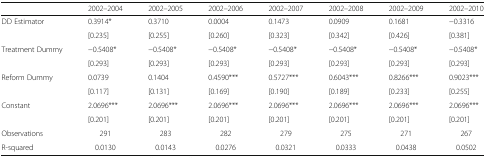
|  | 2002–2004 | 2002–2005 | 2002–2006 | 2002–2007 | 2002–2008 | 2002–2009 | 2002–2010 |
 | --- | --- | --- | --- | --- | --- | --- | --- |
 | <ROWSPAN=2> DD Estimator | 0.3914* | 0.3710 | 0.0004 | 0.1473 | 0.0909 | 0.1681 | −0.3316 |
 | [0.235] | [0.255] | [0.260] | [0.323] | [0.342] | [0.426] | [0.381] |
 | <ROWSPAN=2> Treatment Dummy | −0.5408* | −0.5408* | −0.5408* | −0.5408* | −0.5408* | −0.5408* | −0.5408* |
 | [0.293] | [0.293] | [0.293] | [0.293] | [0.293] | [0.293] | [0.293] |
 | <ROWSPAN=2> Reform Dummy | 0.0739 | 0.1404 | 0.4590*** | 0.5727*** | 0.6043*** | 0.8266*** | 0.9023*** |
 | [0.117] | [0.131] | [0.169] | [0.190] | [0.189] | [0.233] | [0.255] |
 | <ROWSPAN=2> Constant | 2.0696*** | 2.0696*** | 2.0696*** | 2.0696*** | 2.0696*** | 2.0696*** | 2.0696*** |
 | [0.201] | [0.201] | [0.201] | [0.201] | [0.201] | [0.201] | [0.201] |
 | Observations | 291 | 283 | 282 | 279 | 275 | 271 | 267 |
 | R-squared | 0.0130 | 0.0143 | 0.0276 | 0.0321 | 0.0333 | 0.0438 | 0.0502 |